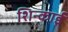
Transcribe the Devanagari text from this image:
शिन्काई